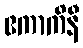
ဧကာကိနီ